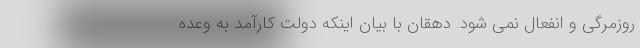
روزمرگی و انفعال نمی شود. دهقان با بیان اینکه دولت کارآمد به وعده